Report of the Imperial Institute of Veterinary Research, Muktesar
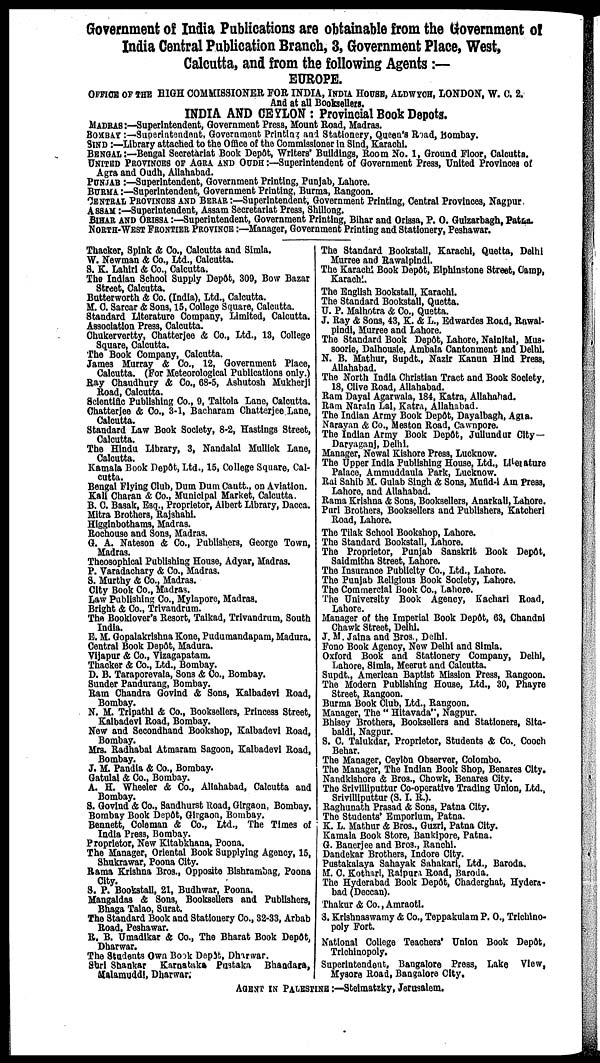
Government of India Publications are obtainable from the Government of
India Central Publication Branch, 3, Government Place, West,
Calcutta, and from the following Agents :—
EUROPE.
OFFICE OF THE HIGH COMMISSIONER FOR INDIA, INDIA HOUSE, ALDWYCH, LONDON, W. C. 2.
And at all Booksellers.
INDIA AND CEYLON : Provincial Book Depots.
MADRAS:—Superintendent, Government Press, Mount Road, Madras.
BOMBAY:—Superintendent, Government Printing and Stationery, Queen's Road, Bombay.
SIND :—Library attached to the Office of the Commissioner in Sind, Karachi.
BENGAL:—Bengal Secretariat Book Depôt, Writers' Buildings, Room No. 1, Ground Floor, Calcutta.
UNITED PROVINCES OF AGRA AND OUDH :—Superintendent of Government Press, United Provinces of
Agra and Oudh, Allahabad.
PUNJAB :—Superintendent, Government Printing, Punjab, Lahore.
BURMA :—Superintendent, Government Printing, Burma, Rangoon.
CENTRAL PROVINCES AND BERAR :—Superintendent, Government Printing, Central Provinces, Nagpur
ASSAM:—Superintendent, Assam Secretariat Press, Shillong.
BIHAR AND ORISSA :—Superintendent, Government Printing, Bihar and Orissa, P. O. Gulzarbagh, Patna.
NORTH-WEST FRONTIER PROVINCE :—Manager, Government Printing and Stationery, Peshawar.
Thacker, Spink & Co., Calcutta and Simla.
W. Newman & Co., Ltd., Calcutta.
S. K. Lahiri & Co., Calcutta.
The Indian School Supply Depôt, 309, Bow Bazar
Street, Calcutta.
Butterworth & Co. (India), Ltd., Calcutta.
M. C. Sarcar & Sons, 15, College Square, Calcutta.
Standard Literature Company, Limited, Calcutta.
Association Press, Calcutta.
Chukervertty, Chatterjee & Co., Ltd., 13, College
Square, Calcutta.
The Book Company, Calcutta.
James Murray & Co., 12, Government Place,
Calcutta. (For Meteorological Publications only.)
Ray Chaudhury & Co., 68-5, Ashutosh Mukherji
Road, Calcutta.
Scientific Publishing Co., 9, Taltola Lane, Calcutta.
Chatterjee & Co., 3-1, Bacharam Chatterjee Lane,
Calcutta.
Standard Law Book Society, 8-2, Hastings Street,
Calcutta.
The Hindu Library, 3, Nandalal Mullick Lane,
Calcutta.
Kamala Book Depôt, Ltd., 15, College Square, Cal-
cutta.
Bengal Flying Club, Dum Dum Cantt., on Aviation.
Kali Charan & Co., Municipal Market, Calcutta.
B. C. Basak, Esq., Proprietor, Albert Library, Dacca.
Mitra Brothers, Rajshahi.
Higginbothams, Madras.
Rochouse and Sons, Madras.
G. A. Nateson & Co., Publishers, George Town,
Madras.
Theosophical Publishing House, Adyar, Madras.
P. Varadachary & Co., Madras.
S. Murthy & Co., Madras.
City Book Co., Madras.
Law Publishing Co., Mylapore, Madras.
Bright & Co., Trivandrum.
The Booklover's Resort, Taikad, Trivandrum, South
India.
E. M. Gopalakrlshna Kone, Pudumandapam, Madura.
Central Book Depôt, Madura.
Vijapur & Co., Vizagapatam.
Thacker & Co., Ltd., Bombay.
D. B. Taraporevala, Sons & Co., Bombay.
Sunder Pandurang, Bombay.
Ram Chandra Govind & Sons, Kalbadevi Road,
Bombay.
N. M. Tripathi & Co., Booksellers, Princess Street,
Kalbadevi Road, Bombay.
New and Secondhand Bookshop, Kalbadevi Road,
Bombay.
Mrs. Radhabal Atmaram Sagoon, Kalbadevi Road,
Bombay.
J. M. Pandia & Co., Bombay.
Gatulal & Co., Bombay.
A. H. Wheeler & Co., Allahabad, Calcutta and
Bombay.
S. Govind & Co., Sandhurst Road, Girgaon, Bombay.
Bombay Book Depôt, Girgaon, Bombay.
Bennett, Coleman & Co., Ltd., The Times of
India Press, Bombay.
Proprietor, New Kitabkhana, Poona.
The Manager, Oriental Book Supplying Agency, 15,
Shukrawar, Poona City.
Rama Krishna Bros., Opposite Bishrambag, Poona
City.
S. P. Bookstall, 21, Budhwar, Poona.
Mangaldas & Sons, Booksellers and Publishers,
Bhaga Talao, Surat.
The Standard Book and Stationery Co., 32-33, Arbab
Road, Peshawar.
R. B. Umadikar & Co., The Bharat Book Depôt,
Dharwar.
The Students Own Book Depôt, Dharwar.
Shri Shankar Karnataka Pustaka Bhandara,
Malamuddi, Dharwar.
The Standard Bookstall, Karachi, Quetta, Delhi
Murree and Rawalpindi.
The Karachi Book Depôt, Elphinstone Street, Camp,
Karachi.
The English Bookstall, Karachi.
The Standard Bookstall, Quetta.
U. P. Malhotra & Co., Quetta.
J. Ray & Sons, 43, K. & L., Edwardes Road, Rawal-
pindi, Murree and Lahore.
The Standard Book Depôt, Lahore, Nainital, Mus-
soorle, Dalhousie, Ambala Cantonment and Delhi.
N. B. Mathur, Supdt., Nazir Kanun Hind Press,
Allahabad.
The North India Christian Tract and Book Society,
18, Clive Road, Allahabad.
Ram Dayal Agarwala, 184, Katra, Allahahad.
Ram Narain Lal, Katra, Allahabad.
The Indian Army Book Depôt, Dayalbagh, Agra.
Narayan & Co., Meston Road, Cawnpore.
The Indian Army Book Depôt, Jullundur City—
Daryaganj, Delhi.
Manager, Newal Kishore Press, Lucknow.
The Upper India Publishing House, Ltd., Literature
Palace, Ammuddaula Park, Lucknow.
Rai Sahib M. Gulab Singh & Sons, Mufid-l Am Press,
Lahore, and Allahabad.
Rama Krishna & Sons, Booksellers, Anarkali, Lahore.
Puri Brothers, Booksellers and Publishers, Katcheri
Road, Lahore.
The Tilak School Bookshop, Lahore.
The Standard Bookstall, Lahore.
The Proprietor, Punjab Sanskrit Book Depôt,
Saidmitha Street, Lahore.
The Insurance Publicity Co., Ltd., Lahore.
The Punjab Religious Book Society, Lahore.
The Commercial Book Co., Lahore.
The University Book Agency, Kachari Road,
Lahore.
Manager of the Imperial Book Depôt, 63, Chandni
Chawk Street, Delhi.
J. M. Jaina and Bros., Delhi.
Fono Book Agency, New Delhi and Simla.
Oxford Book and Stationery Company, Delhi,
Lahore, Simla, Meerut and Calcutta.
Supdt., American Baptist Mission Press, Rangoon.
The Modern Publishing House, Ltd., 30, Phayre
Street, Rangoon.
Burma Book Club, Ltd., Rangoon.
Manager, The " Hitavada", Nagpur.
Bhisey Brothers, Booksellers and Stationers, Sita-
baldi, Nagpur.
S. C. Talukdar, Proprietor, Students & Co., Cooch
Behar.
The Manager, Ceylon Observer, Colombo.
The Manager, The Indian Book Shop, Benares City.
Nandkishore & Bros., Chowk, Benares City.
The Srivilliputtur Co-operative Trading Union, Ltd.,
Srivilliputtur (S. I. R.).
Raghunath Prasad & Sons, Patna City.
The Students' Emporium, Patna.
K. L. Mathur & Bros., Guzri, Patna City.
Kamala Book Store, Bankipore, Patna.
G. Banerjee and Bros., Ranchi.
Dandekar Brothers, Indore City.
Pustakalaya Sahayak Sahakari, Ltd., Baroda.
M. C. Kothari, Raipura Road, Baroda.
The Hyderabad Book Depôt, Chaderghat, Hydera-
bad (Deccan).
Thakur & Co., Amraoti.
S. Krishnaswamy & Co., Teppakulam P. O., Trichino-
poly Fort.
National College Teachers' Union Book Depôt,
Trichinopoly.
Superintendent, Bangalore Press, Lake View,
Mysore Road, Bangalore City.
AGENT IN PALESTINE :—Stelmatzky, Jerusalem.